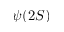
\psi ( 2 S )